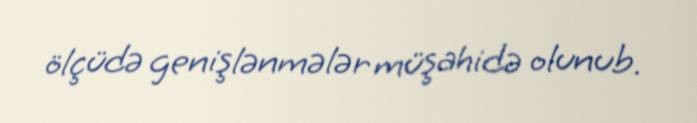
ölçüdə genişlənmələr müşahidə olunub.